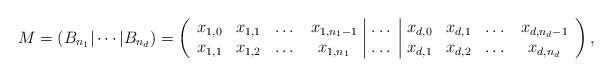
\begin{align*}M=(B_{n_1}|\cdots|B_{n_d})= \left(\begin{array}{cccc|c|cccc}x_{1,0} & x_{1,1} & \dots & x_{1,n_1-1} & \dots & x_{d,0} & x_{d,1} & \dots & x_{d,n_d-1} \\x_{1,1} & x_{1,2} & \dots & x_{1,n_1} & \dots & x_{d,1} & x_{d,2} & \dots & x_{d,n_d}\end{array}\right),\end{align*}